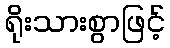
ရိုးသားစွာဖြင့်